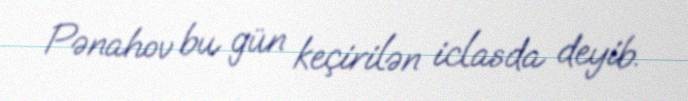
Pənahov bu gün keçirilən iclasda deyib.